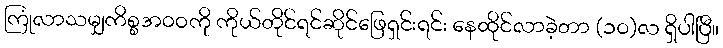
ကြုံလာသမျှကိစ္စအဝဝကို ကိုယ်တိုင်ရင်ဆိုင်ဖြေရှင်းရင်း နေထိုင်လာခဲ့တာ (၁၀)လ ရှိပါပြီ။